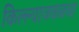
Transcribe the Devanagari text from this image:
किल्ल्याजवळचा